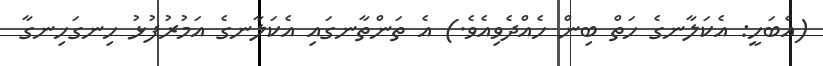
(އެބަހީ: އެކަލާނގެ ހަތް ބިން ހެއްދެވިއެވެ.) އެ ތަންތާނގައި އެކަލާނގެ އަމުރުފުޅު ހިނގަހިނގާ